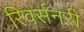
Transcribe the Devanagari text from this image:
रिवर्सनरी